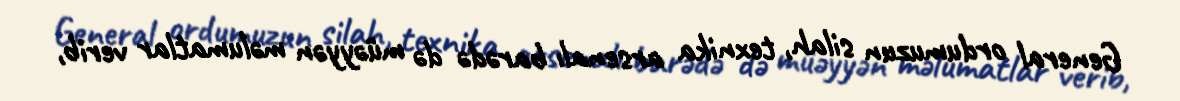
General ordumuzun silah, texnika arsenalı barədə də müəyyən məlumatlar verib,